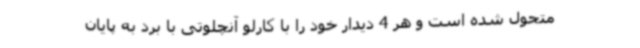
متحول شده است و هر 4 دیدار خود را با کارلو آنچلوتی با برد به پایان